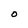
Character: O